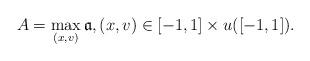
LaTeX: \begin{align*}A=\max \limits_{(x, v)} \mathfrak a,(x, v) \in [-1, 1 ] \times u([-1, 1] ).\end{align*}